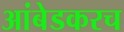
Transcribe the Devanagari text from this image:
आंबेडकरच